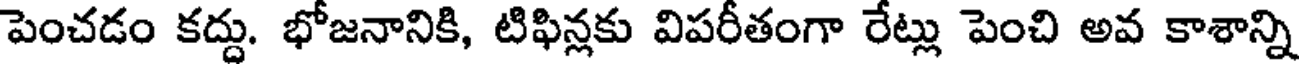
పెంచడం కద్దు. భోజనానికి, టిఫిన్లకు విపరీతంగా రేట్లు పెంచి అవ కాశాన్ని